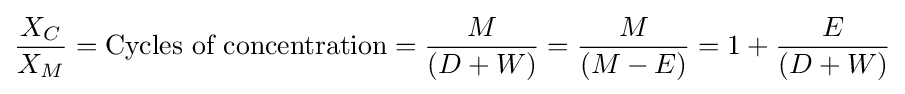
{X_{C} \over X_{M}}={\text{Cycles of concentration}}={M \over (D+W)}={M \over (M-E)}=1+{E \over (D+W)}